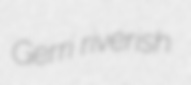
Gerri riverish